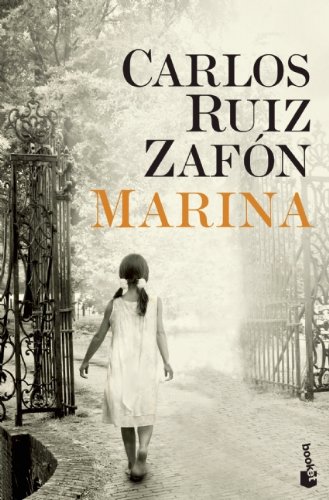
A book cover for Marina (Biblioteca Carlos Ruiz Zafon) (Spanish Edition); Carlos Ruiz Zafon; Teen & Young Adult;